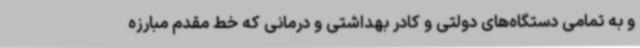
و به تمامی دستگاه‌های دولتی و کادر بهداشتی و درمانی که خط مقدم مبارزه